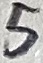
Text: 5